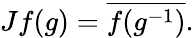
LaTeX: Jf(g)={\overline{{f(g^{-1})}}}.